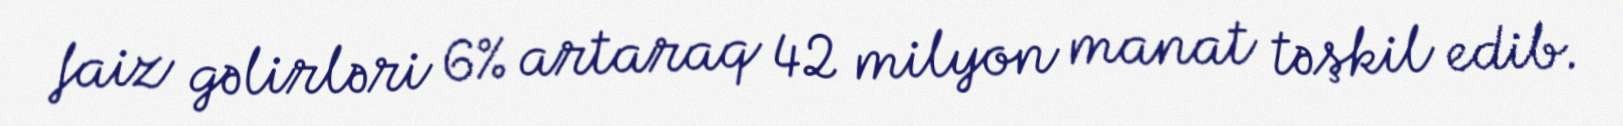
faiz gəlirləri 6% artaraq 42 milyon manat təşkil edib.